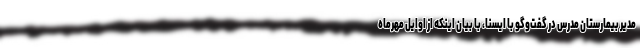
مدیر بیمارستان مدرس در گفت‌وگو با ایسنا، با بیان اینکه از اوایل مهرماه